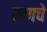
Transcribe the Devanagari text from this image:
मणचे